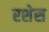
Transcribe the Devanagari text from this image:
रशेस